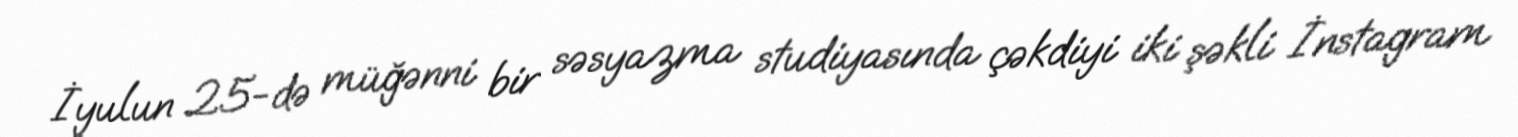
İyulun 25-də müğənni bir səsyazma studiyasında çəkdiyi iki şəkli İnstagram